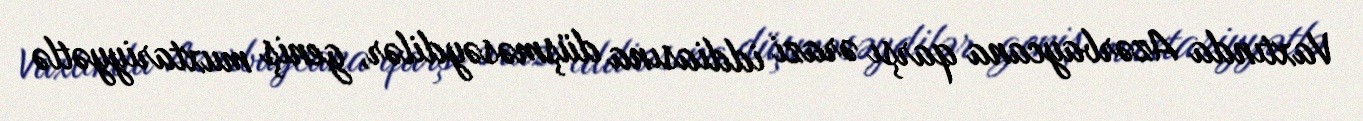
Vaxtında Azərbaycana qarşı ərazi iddiasına düşməsəydilər, geniş muxtariyyətlə